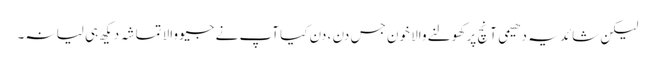
لیکن شائد یہ دھیمی آنچ پر کھولنے والا خون جس دن ، دن کیا آپ نے جیو والا تماشہ دیکھ ہی لیا نہ۔